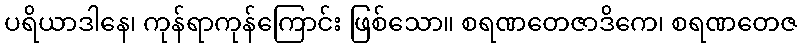
ပရိယာဒါနေ၊ ကုန်ရာကုန်ကြောင်း ဖြစ်သော။ စရဏတေဇာဒိကေ၊ စရဏတေဇ